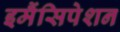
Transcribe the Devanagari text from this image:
इमैंसिपेशन